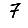
Digit: 7